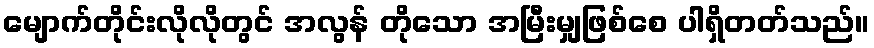
မျောက်တိုင်းလိုလိုတွင် အလွန် တိုသော အမြီးမျှဖြစ်စေ ပါရှိတတ်သည်။